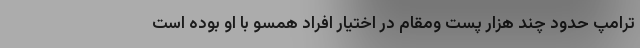
ترامپ حدود چند هزار پست ومقام در اختیار افراد همسو با او بوده است